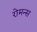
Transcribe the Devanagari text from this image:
रोमन्स